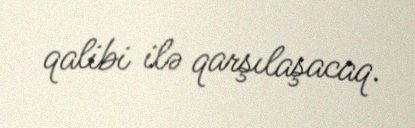
qalibi ilə qarşılaşacaq.